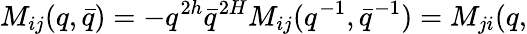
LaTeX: M_{ij}(q,\bar{q})=-q^{2h}\bar{q}^{2H}M_{ij}(q^{-1},\bar{q}^{-1})=M_{ji}(q,